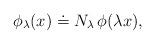
LaTeX: \begin{align*}\phi_\lambda (x) \doteq N_\lambda \, \phi (\lambda x),\end{align*}